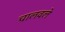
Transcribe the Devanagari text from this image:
चालवले